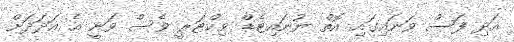
އަދި ފަސް ވަނައިގައި އޮތް ޔުނައިޓެޑް ވިކްޓަރީ ވެސް ވަނީ އެ އަދަދަށް